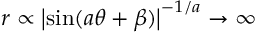
r \propto \left| \sin ( a \theta + \beta ) \right| ^ { - 1 / a } \to \infty